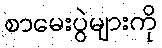
စာမေးပွဲများကို